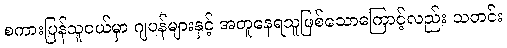
စကားပြန်သူငယ်မှာ ဂျပန်များနှင့် အတူနေရသူဖြစ်သောကြောင့်လည်း သတင်း